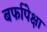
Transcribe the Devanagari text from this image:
बर्फापेक्षा